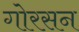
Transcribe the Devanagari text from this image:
गोरसन